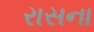
રાસના